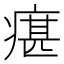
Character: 瘎